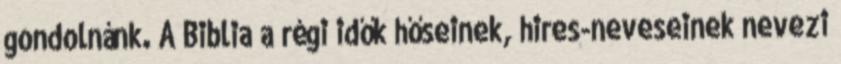
gondolnánk. A Biblia a régi idők hőseinek, hires-neveseinek nevezi